Veterinary regulations India, 1939 -
Year: 1939
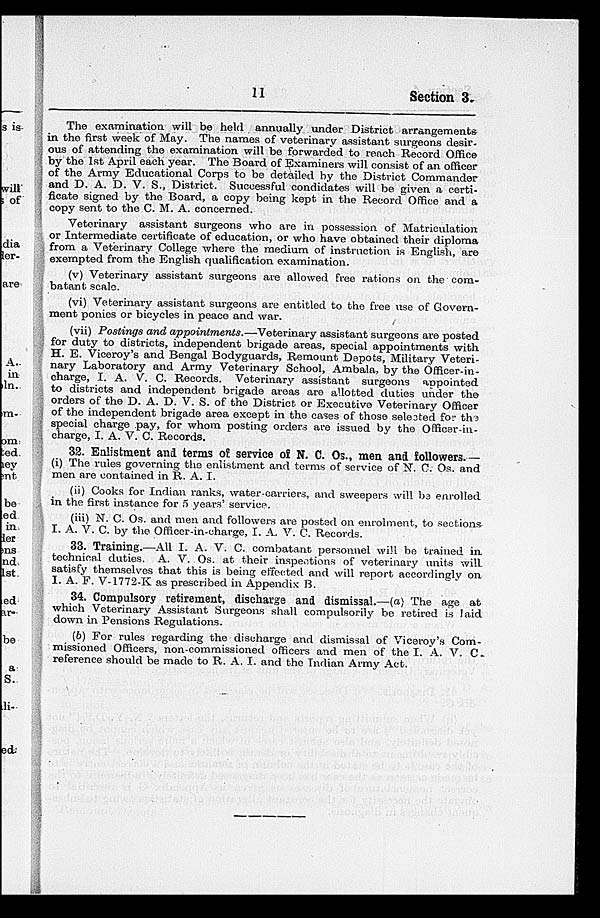
11
Section 3.
The examination, will be held annually under District arrangements
in the first week of May. The names of veterinary assistant surgeons desir-
ous of attending the examination will be forwarded to reach Record Office
by the 1st April each year. The Board of Examiners will consist of an officer
of the Army Educational Corps to be detailed by the District Commander
and D. A. D. V. S., District. Successful condidates will be given a certi-
ficate signed by the Board, a copy being kept in the Record Office and a
copy sent to the C. M. A. concerned.
Veterinary assistant surgeons who are in possession of Matriculation
or Intermediate certificate of education, or who have obtained their diploma
from a Veterinary College where the medium of instruction is English, are
exempted from the English qualification examination.
(v) Veterinary assistant surgeons are allowed free rations on the com-
batant scale.
(vi) Veterinary assistant surgeons are entitled to the free use of Govern-
ment ponies or bicycles in peace and war.
(vii) Postings and appointments.—Veterinary
assistant surgeons are posted
for duty to districts, independent brigade areas, special appointments with
H. E. Viceroy's and Bengal Bodyguards, Remount Depots, Military Veteri-
nary Laboratory and Army Veterinary School, Ambala, by the Officer-in-
charge, I. A. V. C. Records. Veterinary assistant surgeons appointed
to districts and independent brigade areas are allotted duties under the
orders of the D. A. D. V. S. of the District or Executive Veterinary Officer
of the independent brigade area except in the cases of those selected for the
special charge pay, for whom posting orders are issued by the Officer-in-
charge, I. A. V. C. Records.
32. Enlistment and terms of service of N. C. Os., men and followers.—
(i) The rules governing the enlistment and terms of service of N. C. Os. and
men are contained in R. A. I.
(ii) Cooks for Indian ranks, water-carriers, and sweepers will be enrolled
in the first instance for 5 years' service.
(iii) N. C. Os. and men and followers are posted on enrolment, to sections
I. A. V. C. by the Officer-in-charge, I. A. V. C. Records.
33. Training.—All I. A. V. C. combatant personnel will be trained in
technical duties. A. V. Os. at their inspections of veterinary units will
satisfy themselves that this is being effected and will report accordingly on
I. A. F. V-1772-K as prescribed in Appendix B.
34. Compulsory retirement, discharge and dismissal.—(a) The age at
which Veterinary Assistant Surgeons shall compulsorily be retired is laid
down in Pensions Regulations.
(b) For rules regarding the discharge and dismissal of Viceroy's Com-
missioned Officers, non-commissioned officers and men of the I. A. V. C.
reference should be made to R. A. I. and the Indian Army Act.